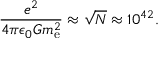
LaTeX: { \frac { e ^ { 2 } } { 4 \pi \epsilon _ { 0 } G m _ { \mathrm { e } } ^ { 2 } } } \approx { \sqrt { N } } \approx 1 0 ^ { 4 2 } .